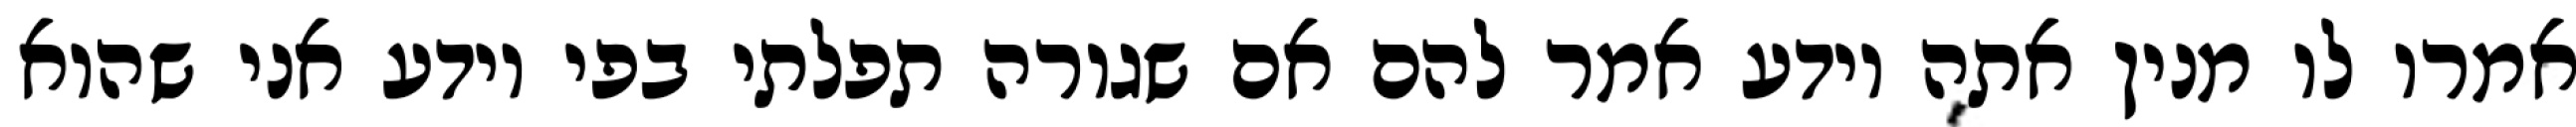
אמרו לו מנין אתה יודע אמר להם אם שגורה תפלתי בפי יודע אני שהוא